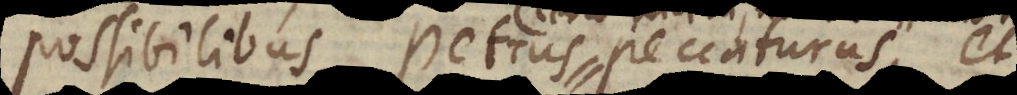
possibilibus Petrus peccaturus, et